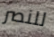
للنصر